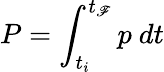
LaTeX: P=\int_{t_{i}}^{t_{\mathscr{F}}}p~dt